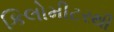
કિલોમીટરથી